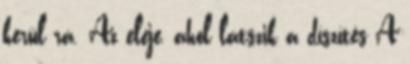
kerül rá. Az eleje, ahol látszik a díszítés A